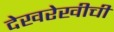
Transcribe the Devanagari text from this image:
देखरेखीची